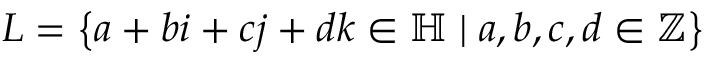
L = \left\{ a + b i + c j + d k \in \mathbb { H } \mid a , b , c , d \in \mathbb { Z } \right\}